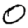
Digit: 0